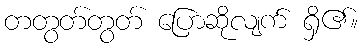
တတွတ်တွတ် ပြောဆိုလျက် ရှိ၏။